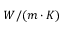
W / ( m \cdot K )